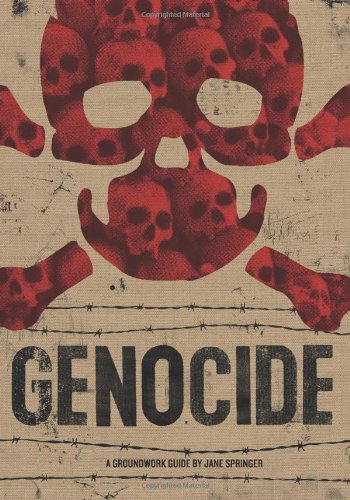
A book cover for Genocide (Groundwork Guides); Jane Springer; Teen & Young Adult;